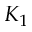
K _ { 1 }